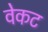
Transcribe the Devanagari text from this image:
वेकट